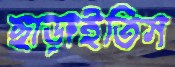
ছাড়াইতিস